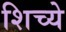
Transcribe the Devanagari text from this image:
शिच्ये